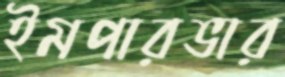
ইমপারভার